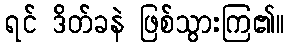
ရင် ဒိတ်ခနဲ ဖြစ်သွားကြ၏။